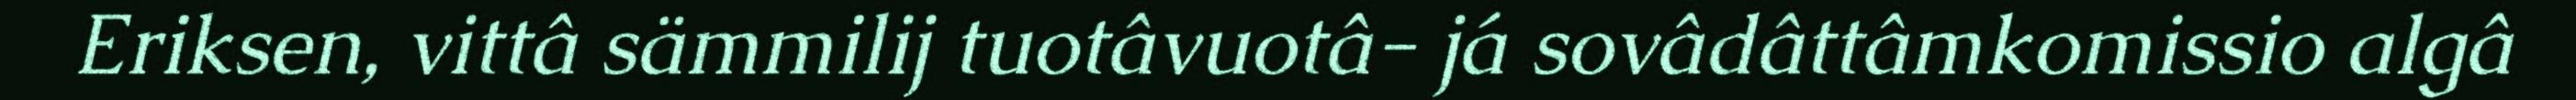
Eriksen, vittâ sämmilij tuotâvuotâ- já sovâdâttâmkomissio algâ